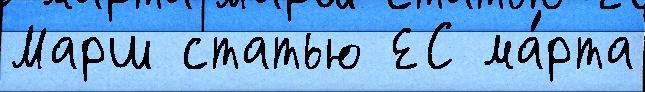
Марш статью ЕС ма́рта